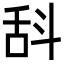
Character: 𣁳